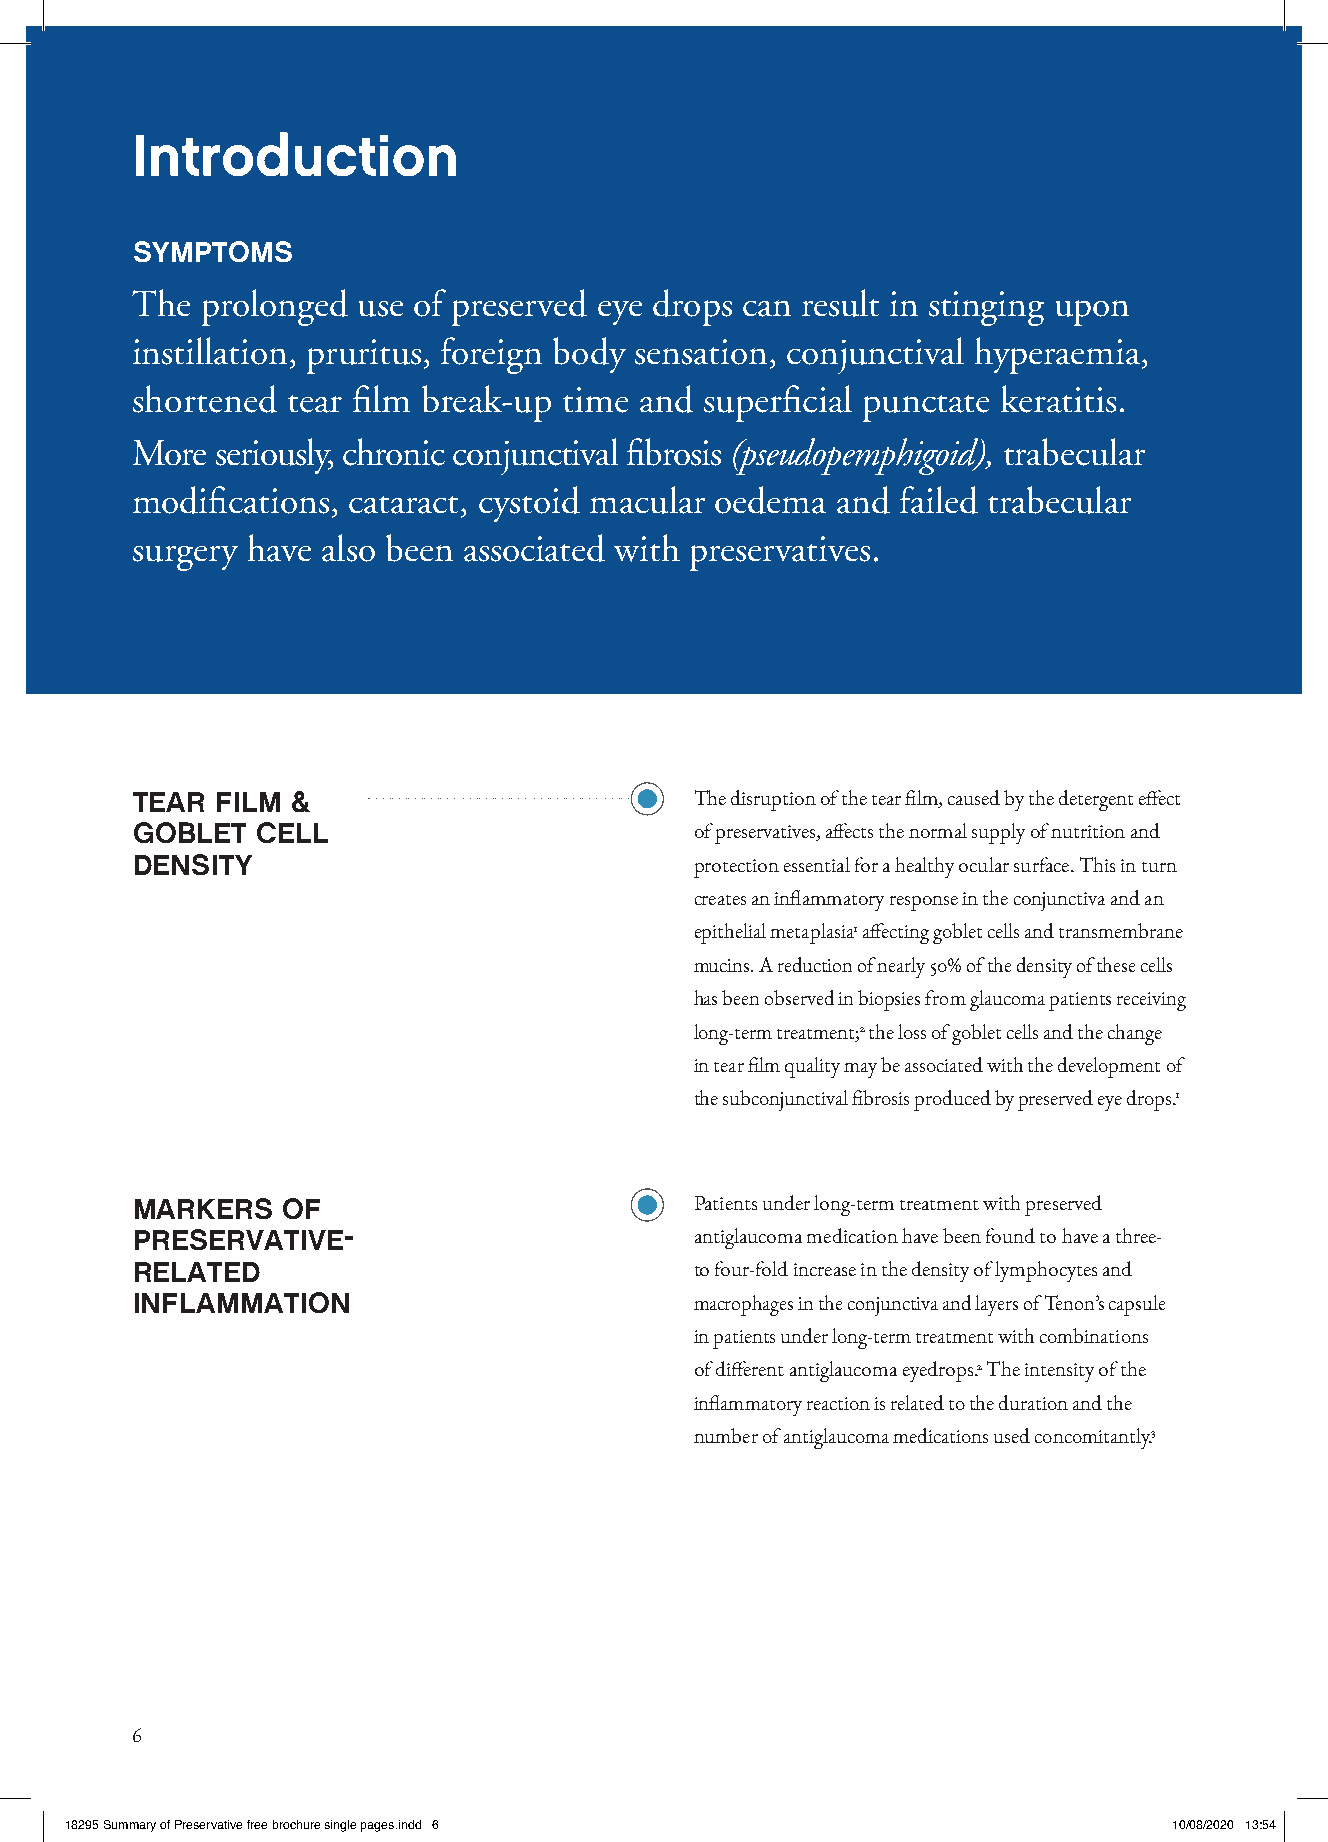
Introduction
 SYMPTOMS
 The prolonged  use of preserved eye drops can result in stinging upon
 instillation, pruritus, foreign body sensation, conjunctival hyperaemia,
 shortened tear film break-up time and superficial punctate keratitis.
 More seriously, chronic conjunctival fibrosis (pseudopemphigoid), trabecular
 modifications, cataract, cystoid macular oedema and failed trabecular
 surgery have also been associated with preservatives.
 TEAR FILM &                          The disruption of the tear film, caused by the detergent effect
 GOBLET  CELL                         of preservatives, affects the normal supply of nutrition and
 DENSITY                              protection essential for a healthy ocular surface. This in turn
 creates an inflammatory response in the conjunctiva and an
 epithelial metaplasia1 affecting goblet cells and transmembrane
 mucins. A reduction of nearly 50% of the density of these cells
 has been observed in biopsies from glaucoma patients receiving
 long-term treatment;2 the loss of goblet cells and the change
 in tear film quality may be associated with the development of
 the subconjunctival fibrosis produced by preserved eye drops.1
 MARKERS   OF                         Patients under long-term treatment with preserved
 PRESERVATIVE-                        antiglaucoma medication have been found to have a three-
 RELATED                              to four-fold increase in the density of lymphocytes and
 INFLAMMATION                         macrophages in the conjunctiva and layers of Tenon’s capsule
 in patients under long-term treatment with combinations
 of different antiglaucoma eyedrops.2 The intensity of the
 inflammatory reaction is related to the duration and the
 number of antiglaucoma medications used concomitantly.3
 6
 1188229955 SSuummmmaarryy ooff PPrreesseerrvvaattiivvee ffrreeee bbrroocchhuurree ssiinnggllee ppaaggeess..iinndddd 66 1100//0088//22002200 1133::5544